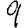
Digit: 9